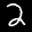
Label: 2